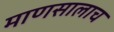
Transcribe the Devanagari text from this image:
माणसालाच